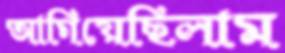
আগিয়েছিলাম